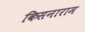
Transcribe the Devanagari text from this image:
किसनाराम